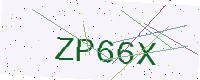
Text: ZP66X